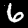
Digit: 6